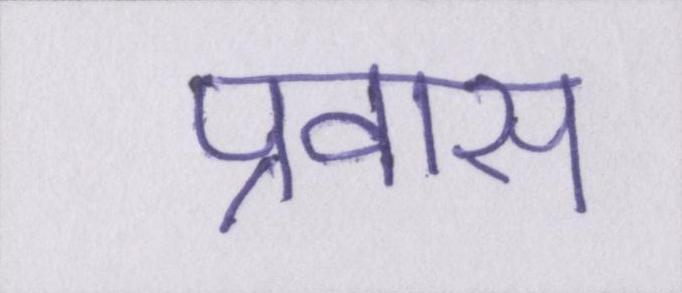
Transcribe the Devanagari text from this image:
प्रवास